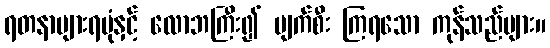
ရတနာများရပုံနှင့် လောဘကြီး၍ ပျက်စီး ကြရသော ကုန်သည်များ။